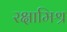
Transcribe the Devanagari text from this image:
रक्षामिश्र